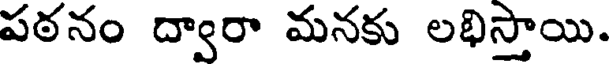
పఠనం ద్వారా మనకు లభిస్తాయి.